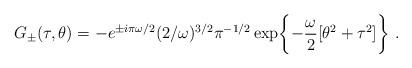
LaTeX: \begin{align*}G_{\pm} (\tau,\theta) = - e^{\pm i\pi\omega/2} (2/\omega)^{3/2}\pi^{-1/2}\exp\biggl\{ - \frac{\omega}{2} [\theta^2 + \tau^2 ] \biggr\}\ .\end{align*}